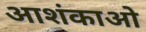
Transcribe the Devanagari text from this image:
आशंकाओ